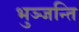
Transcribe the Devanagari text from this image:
भुञ्जन्ति